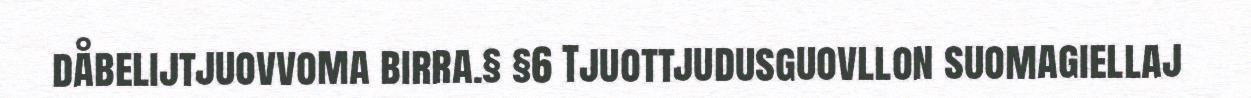
dåbelijtjuovvoma birra.§ §6 Tjuottjudusguovllon suomagiellaj